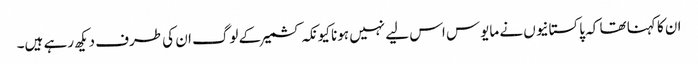
ان کا کہنا تھا کہ پاکستانیوں نے مایوس اس لیے نہیں ہونا کیونکہ کشمیر کے لوگ ان کی طرف دیکھ رہے ہیں۔